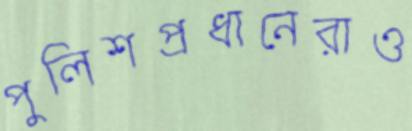
পুলিশপ্রধানেরাও